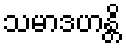
သမာဒဟန္တိ